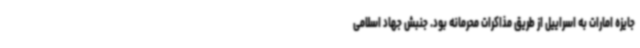
جایزه امارات به اسراییل از طریق مذاکرات محرمانه بود. جنبش جهاد اسلامی